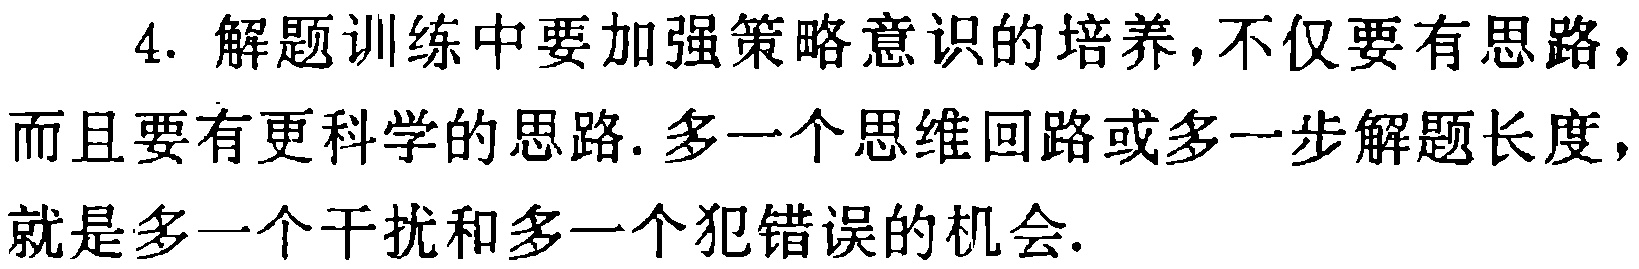
4. 解题训练中要加强策略意识的培养,不仅要有思路,而且要有更科学的思路.多一个思维回路或多一步解题长度,就是多一个干扰和多一个犯错误的机会.